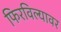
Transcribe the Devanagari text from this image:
फिरविल्यावर